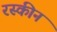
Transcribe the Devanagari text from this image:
रस्कीन